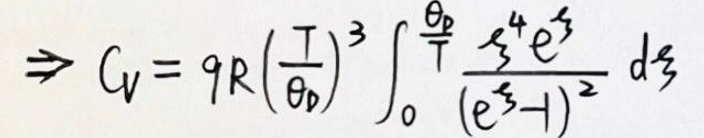
\(\Rightarrow C_{V}=9R\left( \frac{T}{\Theta _{D}}\right)^{3}\int_{0}^{\Theta _{D}/T}\frac{x^{3}e^{x}}{\left( e^{x}-1\right)^{2}}dx\)